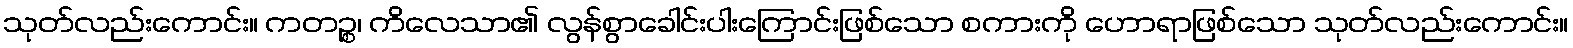
သုတ်လည်းကောင်း။ ကတဉ္စ၊ ကိလေသာ၏ လွန်စွာခေါင်းပါးကြောင်းဖြစ်သော စကားကို ဟောရာဖြစ်သော သုတ်လည်းကောင်း။